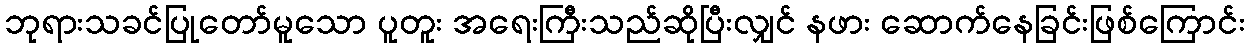
ဘုရားသခင်ပြုတော်မူသော ပူတူး အရေးကြီးသည်ဆိုပြီးလျှင် နဖား ဆောက်နေခြင်းဖြစ်ကြောင်း